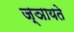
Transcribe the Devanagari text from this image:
ज्ञायते